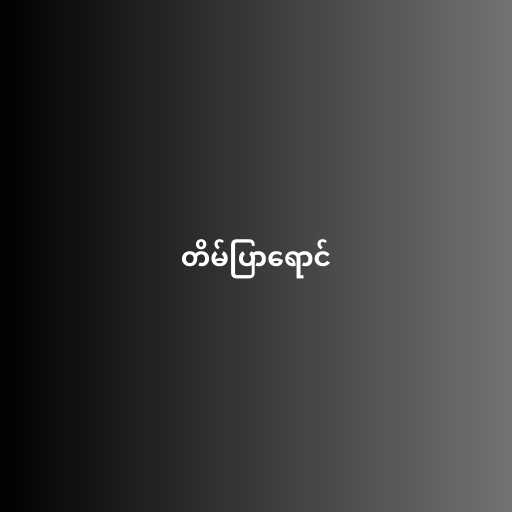
တိမ်ပြာရောင်